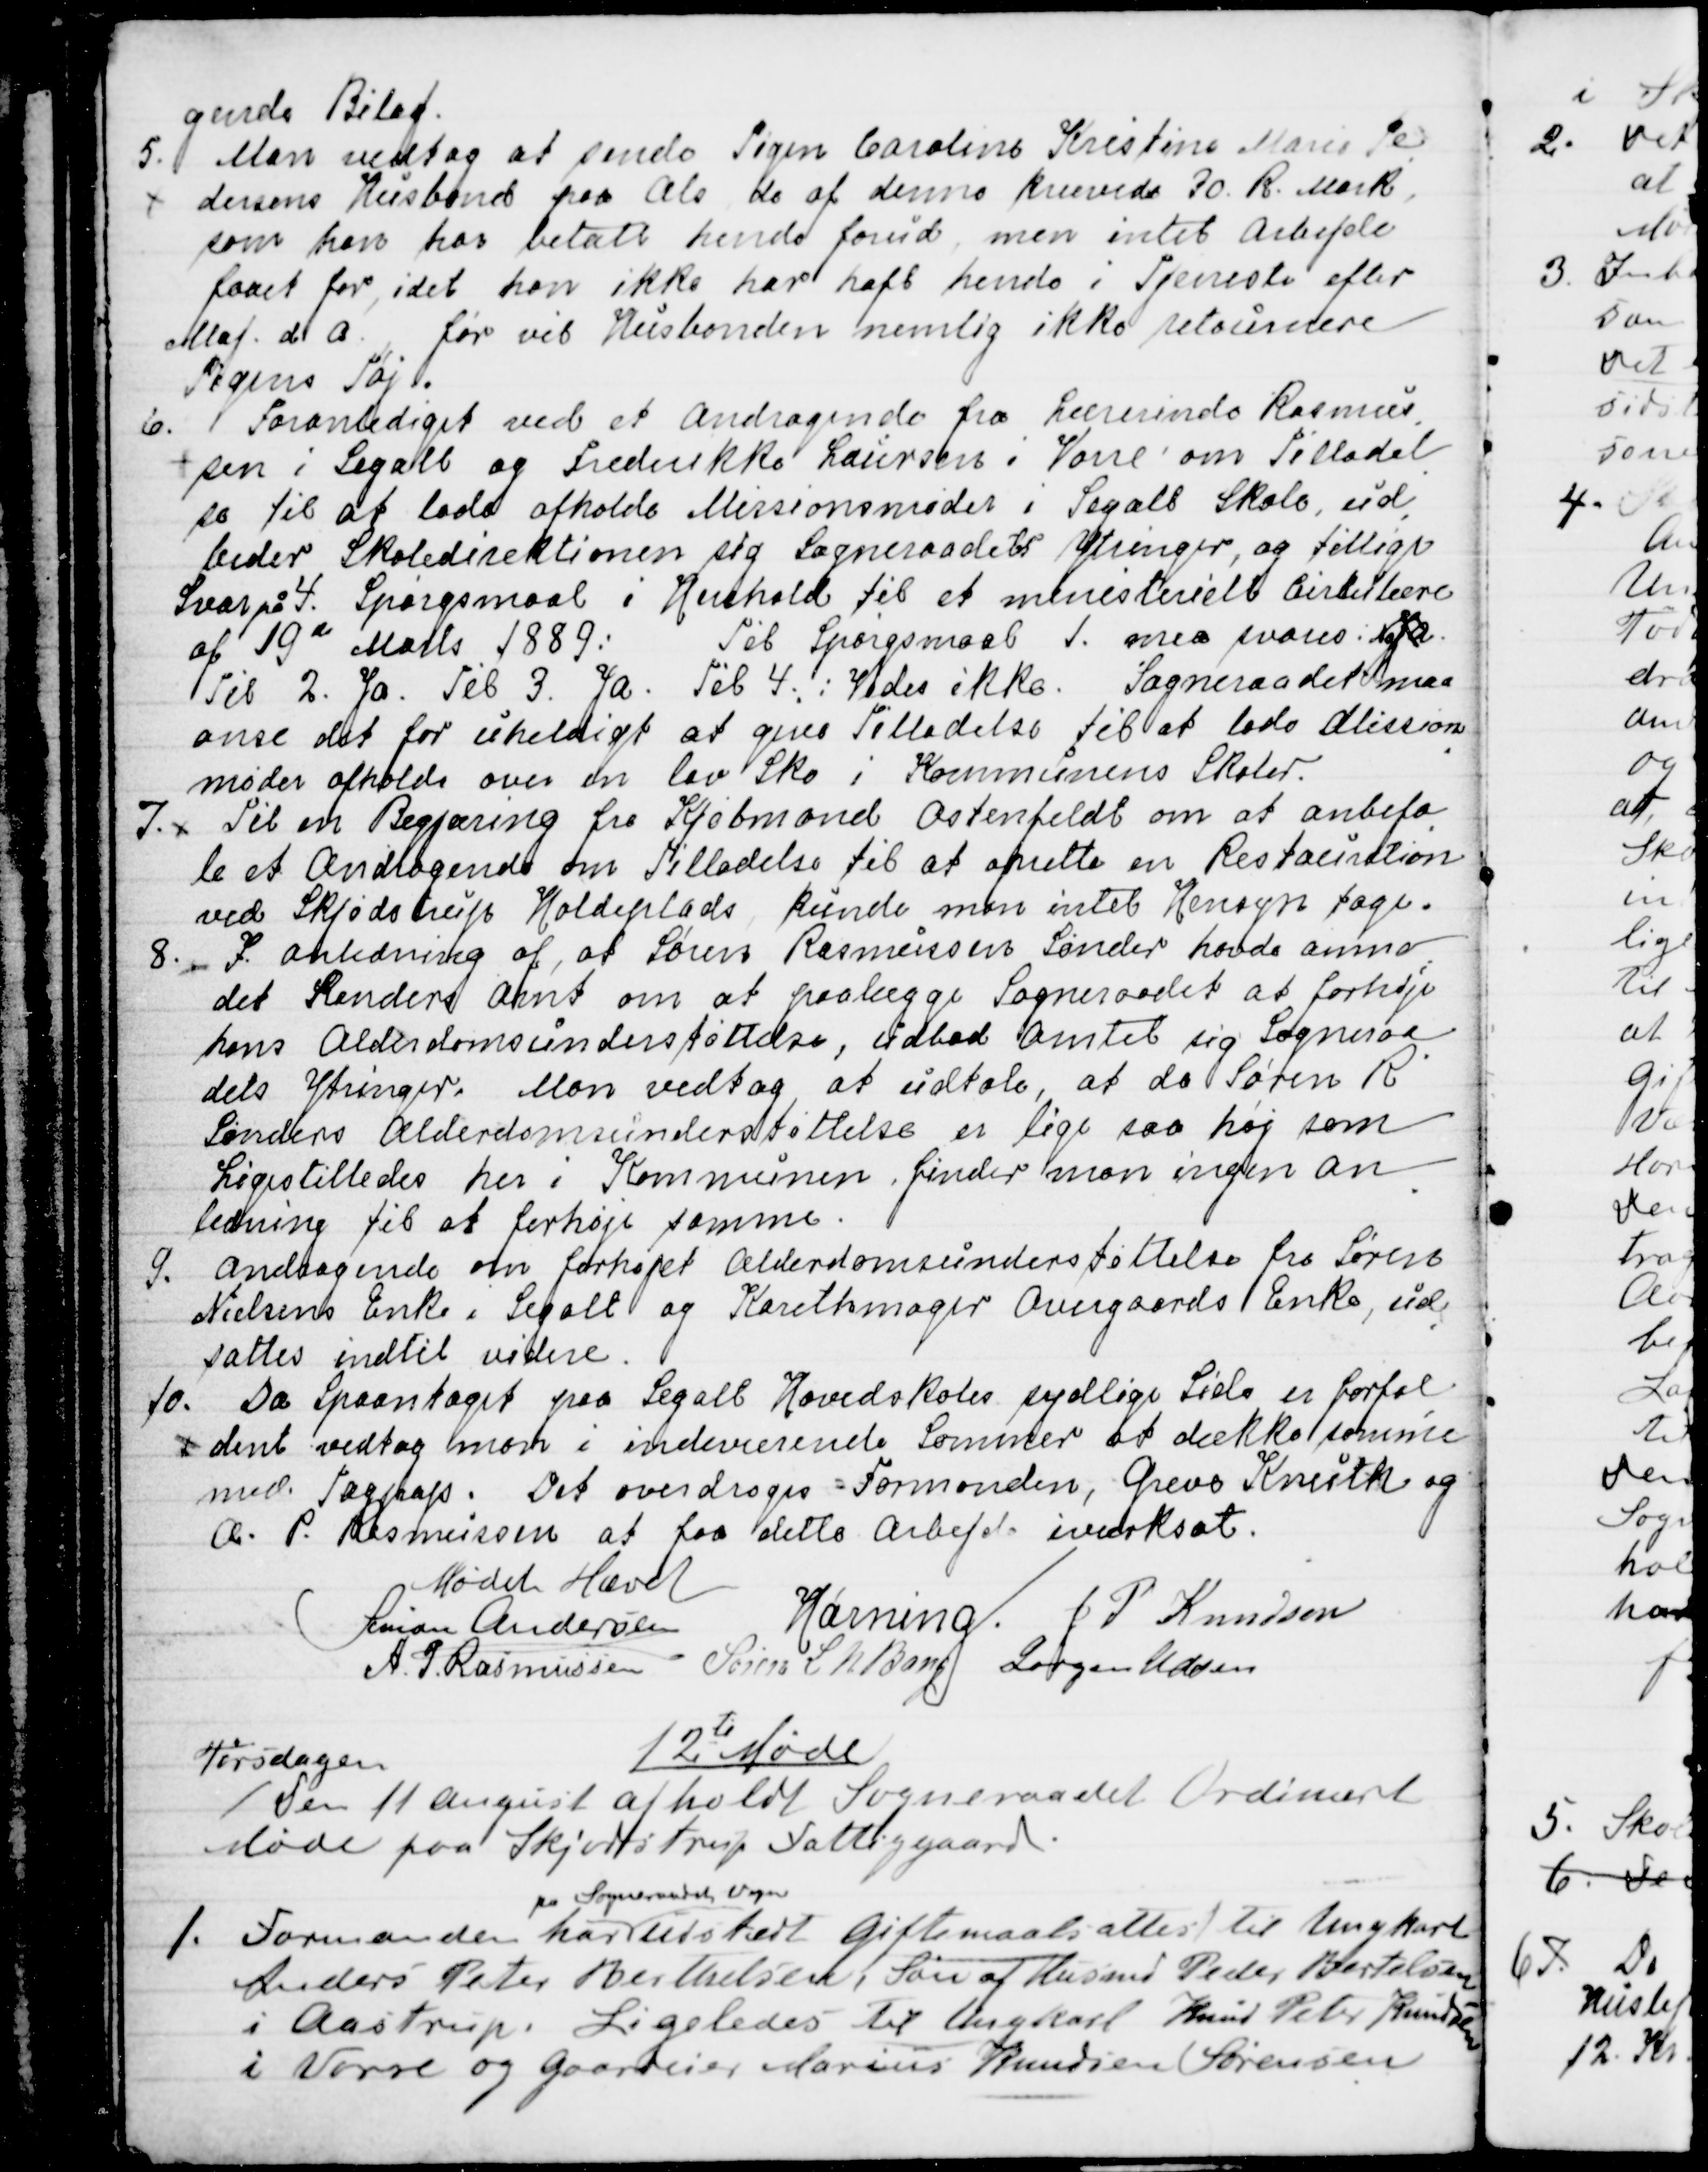
Transskription:
gende Bilag.
5. Man vedtog at sende Pigen Caroline Caroline Kristine Marie Pe
-
dersens Husbond paa Als de af denne krævede 30 R. Mark,
som han har betalt hende forud, men intet Arbejde
faaet for, idet han ikke har haft hende i Tjeneste efter
Maj d. A.  før vil Husbonden nemlig ikke returnere
Pigens Tøj.
6. Foranlediget ved et Andragende fra Lærerinde Rasmus
-
sen i Segalt og Frederikke Laursen i Vorre om Tilladel
-
se til at lade afholde Missionsmøder i Segalt Skole, ud
-
beder Skoledirektionen sig Sogneraadets Ytringer, og tillige
Svar på 4. Spørgsmaal i Henhold til et ministerielt Cirkulære
af 19de Marts 1889: Til Spørgsmaal 1. maa svares: NejJa
Til 2. Ja. Til 3. Ja. Til 4.: Vides ikke. Sogneraadet maa
anse det for uheldigt at give Tilladelse til at lade Mission
-
møder afholde over en lav Sko i Kommunens Skoler.
7. 
Til en Begjæring fra Kjøbmand Ostenfeldt om at anbefa
-
le et Andragende om Tilladelse til at oprette en Restauration
ved Skjødstrup Holdeplads kunde man intet Hensyn tage.
8. I Anledning af, at Søren Rasmussen Sønder havde anmo
=
det Randers Amt om at paalægge Sogneraadet at forhøje
hans Alderdomsunderstøttelse, udbad Amtet sig Sogneraa
-
dets Ytringer.  Man Vedtog at udtale, at da Søren R.
Sønders Alderdomsunderstøttelse er lige saa høj som
Ligestilledes her i Kommunen, finder man ingen An
-
ledning til at forhøje samme.
9. Andragende om forhøjet Alderdomsunderstøttelse fra Søren
Nielsens Enke i Segalt og Karethmager Overgaards Enke, ud
-
sattes indtil videre.
10. Da Spaantaget paa Segalt Hovedskoles sydlige Side er forfal
-
dent vedtog man i indeværende Sommer at dække samme
med Tagpap. Det overdroges Formanden, Greve Knuth og
A. P. Rasmussen at faa dette Arbejde iværksat.
Mødet Hævet
Simon Andersen
Hørning.
J. P. Knudsen
A. P. Rasmussen
Søren L N Bang
Jørgen Udsen

12te Møde
Torsdagen
den 11 August afholdt Sogneraadet Ordinært
Møde paa Skjødstrup Fattiggaard.
1. Formanden har 
pa Sogneraadets Vegne
udstedt giftemaalsattest til Ungkarl
Anders Peter Berthelsen, Søn af Husmand Peder Bertelsen
i Aastrup. Ligeledes til Ungkarl Knud Peter Knudsen
i Vorre og Gaardeier Marius Knudsen Sørensen